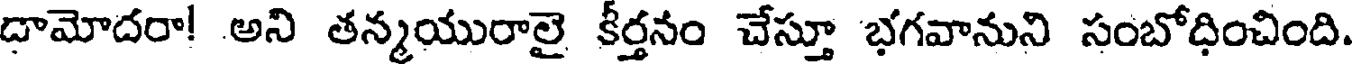
దామోదరా! అని తన్మయురాలై కీర్తనం చేస్తూ భగవానుని సంబోధించింది.